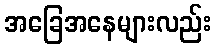
အခြေအနေများလည်း